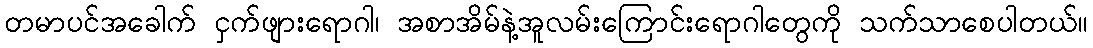
တမာပင်အခေါက် ငှက်ဖျားရောဂါ၊ အစာအိမ်နဲ့အူလမ်းကြောင်းရောဂါတွေကို သက်သာစေပါတယ်။